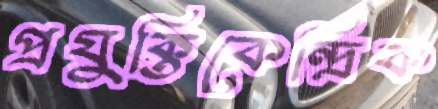
প্রযুক্তিকেন্দ্রিক